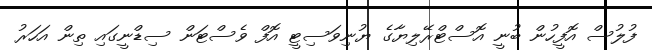
ފުލުސް އޮފީހުން ބުނީ އޮސްޓްރޭލިޔާގެ ޔުނިވަސިޓީ އޮފް ވެސްޓަން ސިޑްނީގައި ތިން އަހަރު